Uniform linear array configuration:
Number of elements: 24
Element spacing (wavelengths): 0.25
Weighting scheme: hamming
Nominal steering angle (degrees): -30
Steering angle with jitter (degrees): -31.326
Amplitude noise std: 0.05
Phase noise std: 0.05

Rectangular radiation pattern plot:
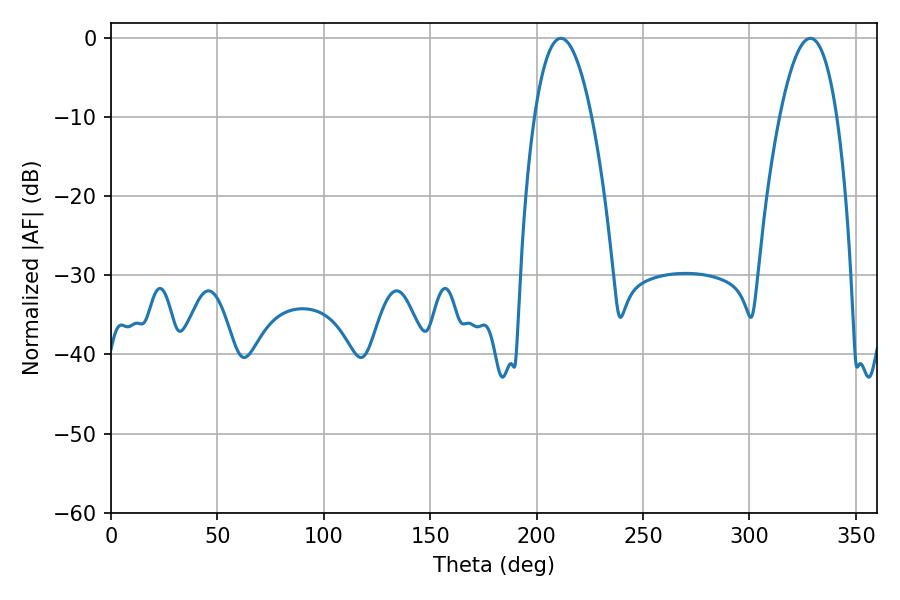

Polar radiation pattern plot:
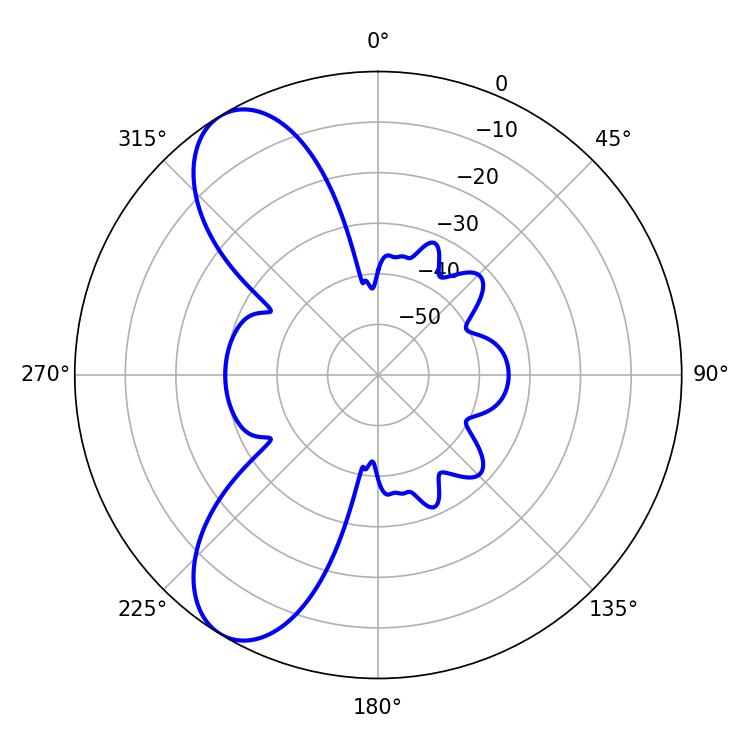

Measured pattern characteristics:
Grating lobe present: FALSE
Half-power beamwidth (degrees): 14.76
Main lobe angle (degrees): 211.32